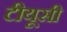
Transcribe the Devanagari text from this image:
टीयूसी